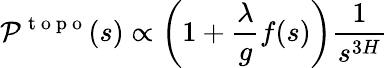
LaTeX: {\cal{P}}^{\mathrm{~t~o~p~o~}}(s)\propto\left(1+\frac{\lambda}{g}f(s)\right)\frac{1}{s^{3H}}